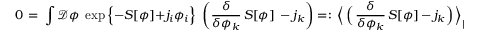
0 \, = \, \int { \mathcal D } \phi \; \exp \Big \{ - S [ \phi ] + j _ { i } \phi _ { i } \Big \} \; \left( \frac { \delta } { \delta \phi _ { k } } \, S [ \phi ] \, - j _ { k } \right) = : \, \Big \langle \, \Big ( \, \frac { \delta } { \delta \phi _ { k } } \, S [ \phi ] \, - \, j _ { k } \Big ) \, \Big \rangle _ { [ j ] } \; ,